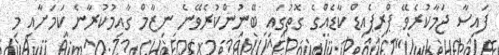
ފައިސާ ޖަމާކުރެވޭ ޕްރިޕެއިޑް ކާޑެއްގެ ގޮތުގައި ބޭނުންކުރެވޭނެ ނިޒާމް ގާއިމުކުރާނެ ކަމަށާއި މި